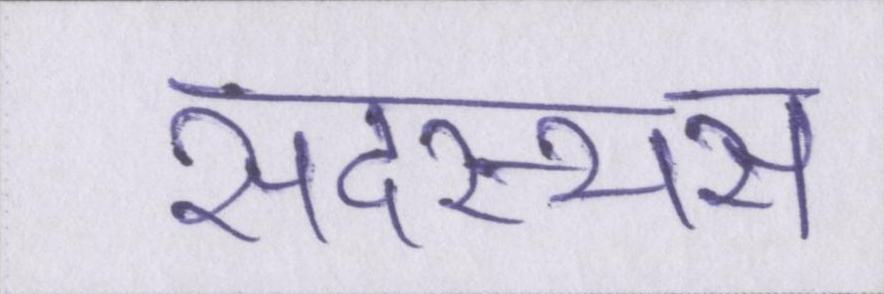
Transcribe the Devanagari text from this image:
सदस्यस